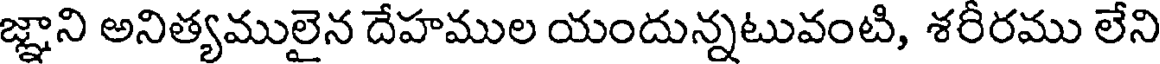
జ్ఞాని అనిత్యములైన దేహముల యందున్నటువంటి, శరీరము లేని